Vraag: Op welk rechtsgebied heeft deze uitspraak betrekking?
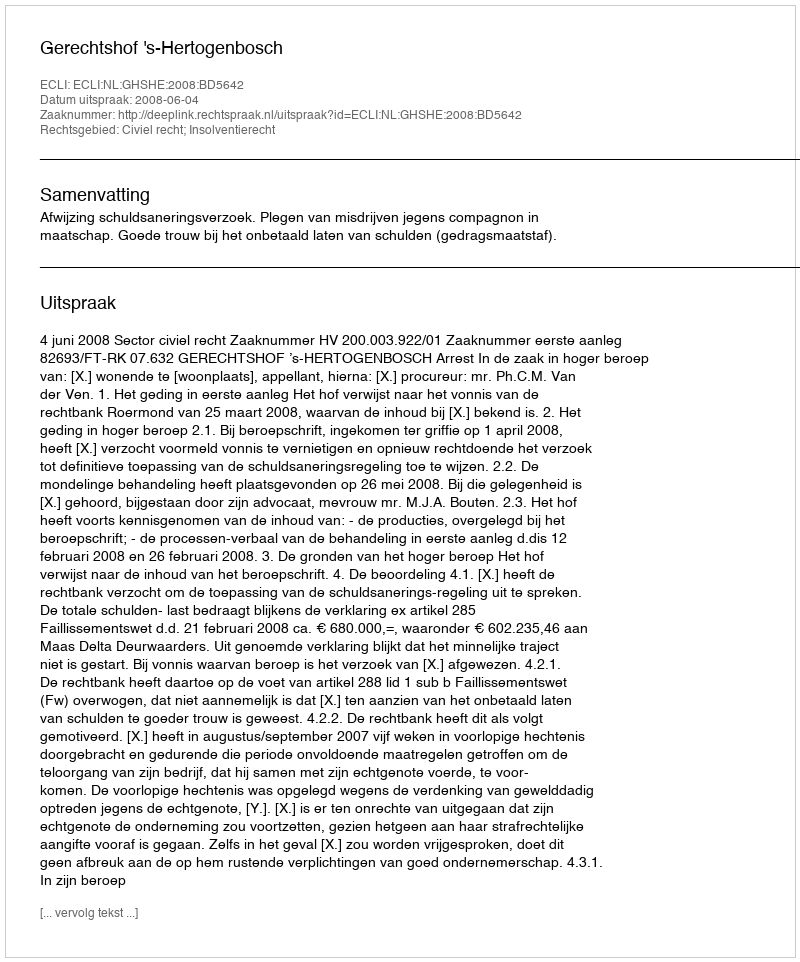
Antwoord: Civiel recht; Insolventierecht